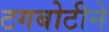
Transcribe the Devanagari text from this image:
टगबोटीने